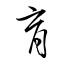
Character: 育